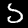
Digit: 5